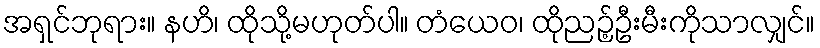
အရှင်ဘုရား။ နဟိ၊ ထိုသို့မဟုတ်ပါ။ တံယေဝ၊ ထိုညဉ့်ဦးမီးကိုသာလျှင်။